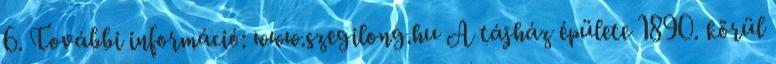
6. További információ: www.szegilong.hu A tájház épülete 1890. körül